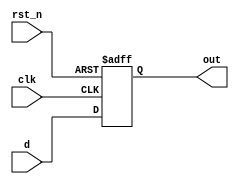

module dff(
    input clk,
    input rst_n,
    input d,
    output reg out
);

    // async reset:
    always @ (posedge clk or negedge rst_n) begin
        if (rst_n == 1'b0)
            out <= 0;
        else
            out <= d;
	end

endmodule